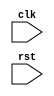
module VGAController (
    input clk,
    input rst,
    // Add necessary input/output ports for synchronization signals and pixel data

    // Define necessary parameters for display resolution, color depth, etc.

    // Define modules for generating timing signals, pixel data, synchronization, etc.

    // Instantiate and connect modules to create the VGA controller logic
);

// Define modules for generating timing signals, pixel data, synchronization signals, etc.

endmodule